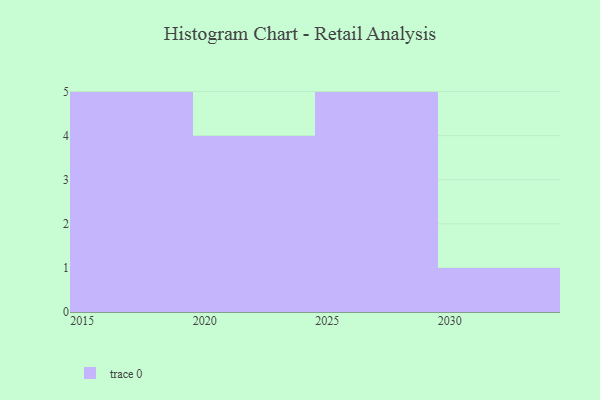
{"axis": {"x": "Year", "y": "Energy Usage (MWh)"}, "legend": [""], "data": [{"x": "2020", "y": 75, "type": ""}, {"x": "2018", "y": 15, "type": ""}, {"x": "2029", "y": 1, "type": ""}, {"x": "2025", "y": 64, "type": ""}, {"x": "2028", "y": 74, "type": ""}, {"x": "2017", "y": 56, "type": ""}, {"x": "2030", "y": 51, "type": ""}, {"x": "2024", "y": 96, "type": ""}, {"x": "2021", "y": 4, "type": ""}, {"x": "2023", "y": 95, "type": ""}, {"x": "2027", "y": 68, "type": ""}, {"x": "2016", "y": 23, "type": ""}, {"x": "2019", "y": 48, "type": ""}, {"x": "2015", "y": 16, "type": ""}, {"x": "2026", "y": 71, "type": ""}]}